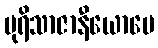
ပုရိသာဇာနီယောပေ